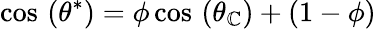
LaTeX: \cos\, \left(\theta^{*}\right)=\phi\cos\, \left(\theta_{\mathbb{C}}\right)+\left(1-\phi\right)